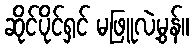
ဆိုင်ပိုင်ရှင် မဖြူလဲ့မွန်။